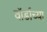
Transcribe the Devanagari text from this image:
वॉर्डाच्या